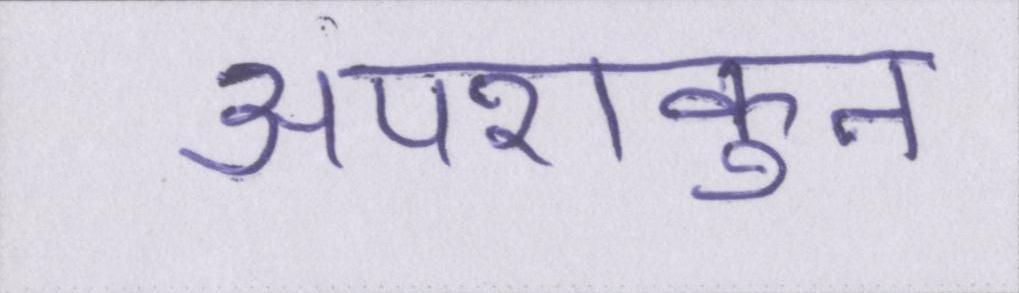
अपशकुन